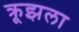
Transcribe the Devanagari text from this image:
क्रूझला